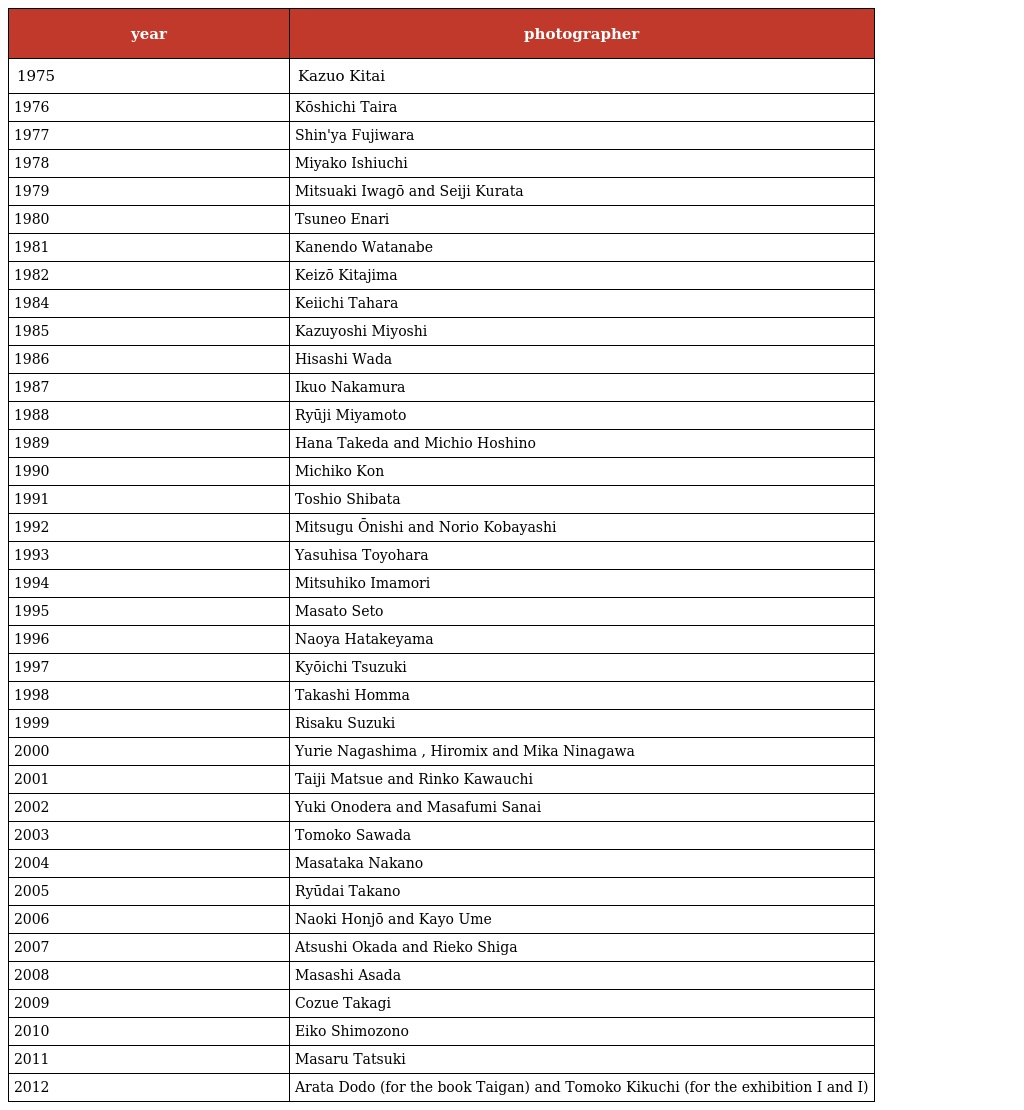
| year | photographer |
 | --- | --- |
 | 1975 | Kazuo Kitai |
 | 1976 | Kōshichi Taira |
 | 1977 | Shin'ya Fujiwara |
 | 1978 | Miyako Ishiuchi |
 | 1979 | Mitsuaki Iwagō and Seiji Kurata |
 | 1980 | Tsuneo Enari |
 | 1981 | Kanendo Watanabe |
 | 1982 | Keizō Kitajima |
 | 1984 | Keiichi Tahara |
 | 1985 | Kazuyoshi Miyoshi |
 | 1986 | Hisashi Wada |
 | 1987 | Ikuo Nakamura |
 | 1988 | Ryūji Miyamoto |
 | 1989 | Hana Takeda and Michio Hoshino |
 | 1990 | Michiko Kon |
 | 1991 | Toshio Shibata |
 | 1992 | Mitsugu Ōnishi and Norio Kobayashi |
 | 1993 | Yasuhisa Toyohara |
 | 1994 | Mitsuhiko Imamori |
 | 1995 | Masato Seto |
 | 1996 | Naoya Hatakeyama |
 | 1997 | Kyōichi Tsuzuki |
 | 1998 | Takashi Homma |
 | 1999 | Risaku Suzuki |
 | 2000 | Yurie Nagashima , Hiromix and Mika Ninagawa |
 | 2001 | Taiji Matsue and Rinko Kawauchi |
 | 2002 | Yuki Onodera and Masafumi Sanai |
 | 2003 | Tomoko Sawada |
 | 2004 | Masataka Nakano |
 | 2005 | Ryūdai Takano |
 | 2006 | Naoki Honjō and Kayo Ume |
 | 2007 | Atsushi Okada and Rieko Shiga |
 | 2008 | Masashi Asada |
 | 2009 | Cozue Takagi |
 | 2010 | Eiko Shimozono |
 | 2011 | Masaru Tatsuki |
 | 2012 | Arata Dodo (for the book Taigan) and Tomoko Kikuchi (for the exhibition I and I) |